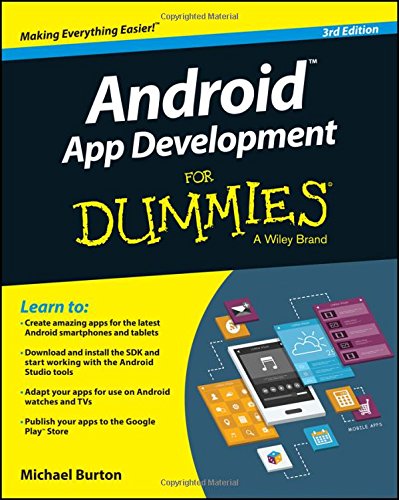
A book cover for Android App Development For Dummies; Michael Burton; Computers & Technology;